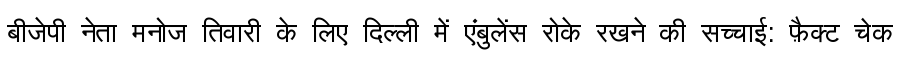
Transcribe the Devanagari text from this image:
बीजेपी नेता मनोज तिवारी के लिए दिल्ली में एंबुलेंस रोके रखने की सच्चाई: फ़ैक्ट चेक